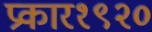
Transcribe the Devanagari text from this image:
प्रकार१९२०